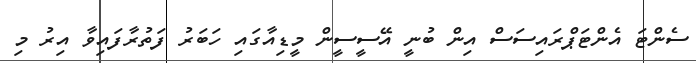
ސެންޓަ އެންޓަޕްރައިސަސް އިން ބުނީ އޭސީސީން މީޑިއާގައި ހަބަރު ފަތުރާފައިވާ އިރު މި